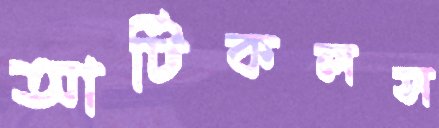
আর্টিকলস